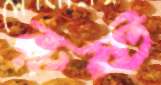
রুষ্ট